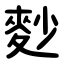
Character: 麨